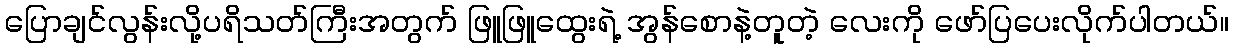
ပြောချင်လွန်းလို့ပရိသတ်ကြီးအတွက် ဖြူဖြူထွေးရဲ့ အွန်စောနဲ့တူတဲ့ လေးကို ဖော်ပြပေးလိုက်ပါတယ်။